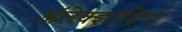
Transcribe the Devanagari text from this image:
अॅलेक्झांड्रिया